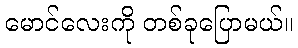
မောင်လေးကို တစ်ခုပြောမယ်။